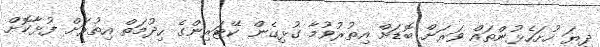
ދިޔަ ހުށަހެޅުންތައް ވަރަށް ބޮޑަށް އިތުރުވުމާ ގުޅިގެން ކޭޓަރިންގެ ހިދުމަތް އިތުރަށް ފުޅާކޮށް